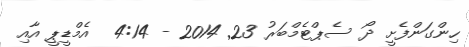
ހިންގަންފެށީ ދޯ ސެޕްޓެމްބަރު 23